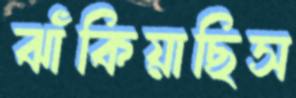
ঝাঁকিয়াছিস